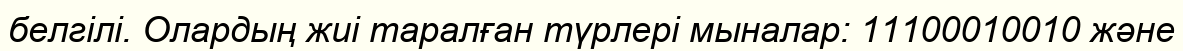
белгілі. Олардың жиі таралған түрлері мыналар: 11100010010 және